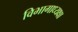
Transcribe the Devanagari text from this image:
विभागाध्यक्षा